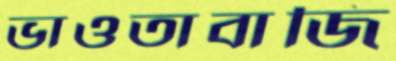
ভাওতাবাজি